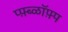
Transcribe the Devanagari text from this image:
प्फ़़्ब्ळॉफ़्प